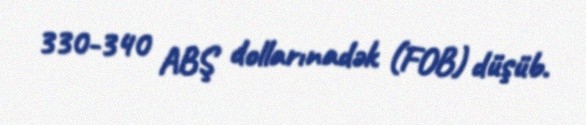
330-340 ABŞ dollarınadək (FOB) düşüb.